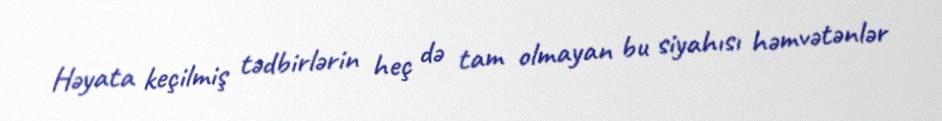
Həyata keçilmiş tədbirlərin heç də tam olmayan bu siyahısı həmvətənlər